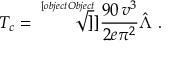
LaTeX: T _ { c } = \sqrt [ [object Object] ] ] { \frac { 9 0 \, v ^ { 3 } } { 2 e \pi ^ { 2 } } } \hat { \Lambda } \ .